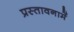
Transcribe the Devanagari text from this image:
प्रस्‍तावनामें